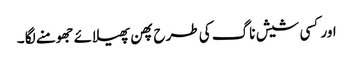
اور کسی شیش ناگ کی طرح پھن پھیلائے جھومنے لگا ۔